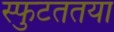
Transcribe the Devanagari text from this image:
स्फुटततया